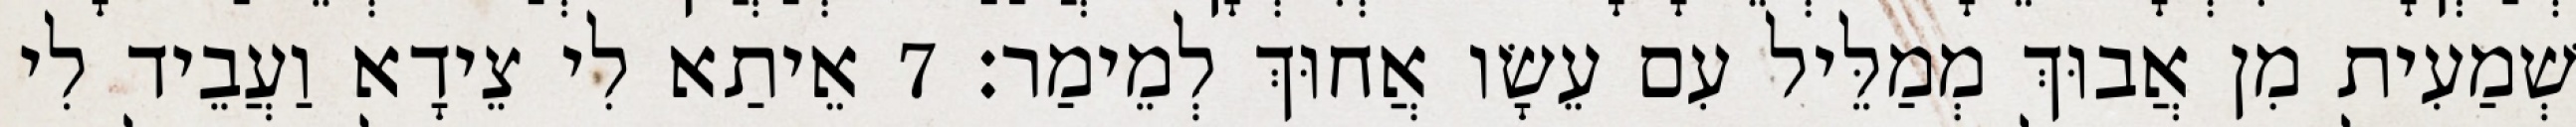
שְׁמַעִית מִן אֲבוּךְ מְמַלֵּיל עִם עֵשָׂו אֲחוּךְ לְמֵימַר׃ 7 אֵיתַא לִי צֵידָא וַעֲבֵיד לִי